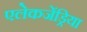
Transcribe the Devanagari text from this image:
एलेकजेंड्रिया